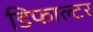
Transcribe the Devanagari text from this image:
डिफाल्टर